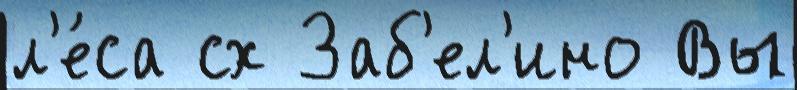
л'е́са сх Заб'ел'ино Вы